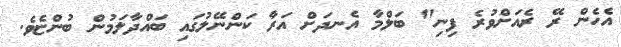
އެހެން ރޭ ރެއަށްވުރެ ފިނި" ބަލްމާ އެނދަށް އަރާ ކަންނޭލުގައި ބައްދާލަމުން ބުންޏެވެ.